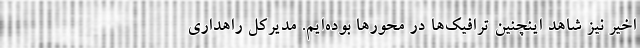
اخیر نیز شاهد اینچنین ترافیک‌ها در محورها بوده‌ایم. مدیرکل راهداری